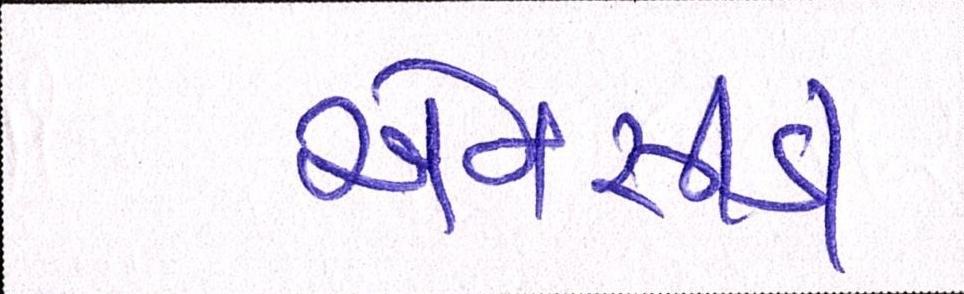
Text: એનસીડી